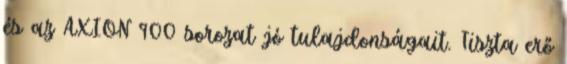
és az AXION 900 sorozat jó tulajdonságait. Tiszta erő